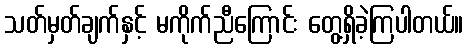
သတ်မှတ်ချက်နှင့် မကိုက်ညီကြောင်း တွေ့ရှိခဲ့ကြပါတယ်။